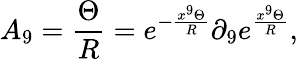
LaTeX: A_{9}=\frac{\Theta}{R}=e^{-\frac{x^{9}\Theta}{R}}\partial_{9}e^{\frac{x^{9}\Theta}{R}},